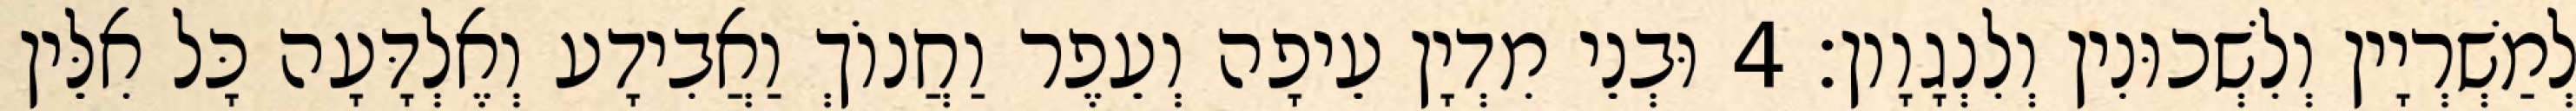
לְמַשְׁרְיָין וְלִשְׁכוּנִין וְלִנְגָוָון׃ 4 וּבְנֵי מִדְיָן עֵיפָה וְעֵפֶר וַחֲנוֹךְ וַאֲבִידָע וְאֶלְדָּעָה כָּל אִלֵּין